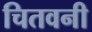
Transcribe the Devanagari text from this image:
चितवनी